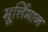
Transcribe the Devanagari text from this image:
मूर्त्तिमान